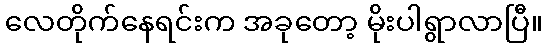
လေတိုက်နေရင်းက အခုတော့ မိုးပါရွာလာပြီ။